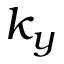
k _ { y }